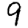
Digit: 9